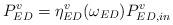
LaTeX: \begin{align*}P_{ED}^{v}=\eta _{ED}^{v}({{\omega}_{ED}})P_{ED,in}^{v}\end{align*}